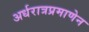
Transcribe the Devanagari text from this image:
अर्धरात्रप्रमाणेन